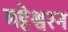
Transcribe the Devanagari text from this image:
महेश्वरन